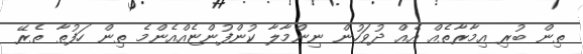
ތިން ބުރި އިމާރާތެއް އެއް ދުވަހުން ނިންމާލާ ކުންފުންޏެއްއެންމެ ތިން ހަފުތާ ތެރޭ